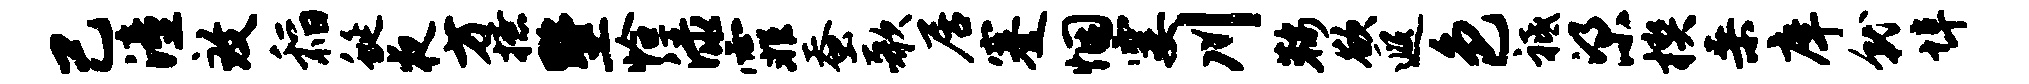
己潼致稻蜒夜方撩墅恰渌霏蚕歌居蹇悃霎川鞍欲遐色祗梁楔桑庠就埠